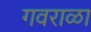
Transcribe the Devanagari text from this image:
गवराळा